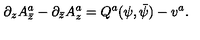
\partial _ { z } A _ { \bar { z } } ^ { a } - \partial _ { \bar { z } } A _ { z } ^ { a } = Q ^ { a } ( \psi , \bar { \psi } ) - v ^ { a } .